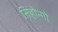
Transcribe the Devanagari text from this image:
निहोन्गो